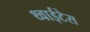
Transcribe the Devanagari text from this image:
थ्वाईटेस